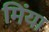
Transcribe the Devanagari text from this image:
मिंया